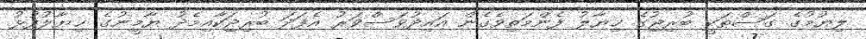
ލިޔުމުގެ ގަސްތަކީ ބުރިޖުގެ ޚިޔާލު ފެންމަތިވެގެން އައިދުވަސްވަރު އެފަދަ ބުރިޖަކާއިމެދު ޔާމީނުގެ ޚިޔާލުފުޅު